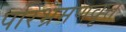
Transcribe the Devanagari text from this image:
परिभ्रमणवृत्त